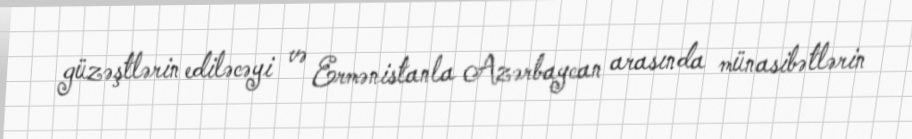
güzəştlərin ediləcəyi və Ermənistanla Azərbaycan arasında münasibətlərin